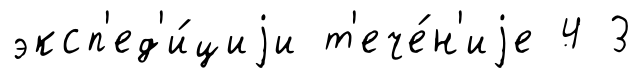
эксп'ед'и́циjи т'ече́н'иjе 4 3